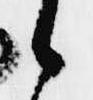
候